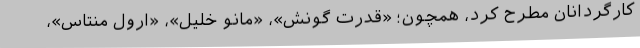
کارگردانان مطرح کُرد، همچون؛ «قدرت گونش»، «مانو خلیل»، «ارول منتاس»،